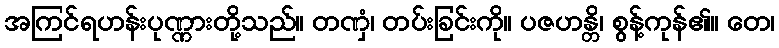
အကြင်ရဟန်းပုဏ္ဏားတို့သည်။ တဏှံ၊ တပ်းခြင်းကို။ ပဇဟန္တိ၊ စွန့်ကုန်၏။ တေ၊